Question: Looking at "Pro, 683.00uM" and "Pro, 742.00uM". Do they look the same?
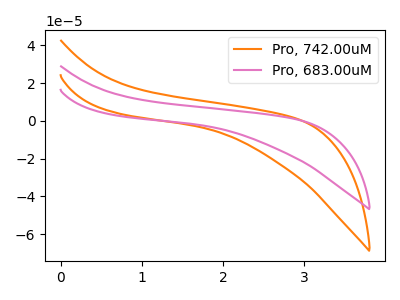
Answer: <think>The orange curve "Pro, 742.00uM" has no peaks. The pink curve "Pro, 683.00uM" has no peaks.
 Neither "Pro, 683.00uM" or "Pro, 742.00uM" have any peaks.</think>
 <answer>"Pro, 683.00uM" and "Pro, 742.00uM" are similar in shape.</answer>
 <eval>same_shape</eval>